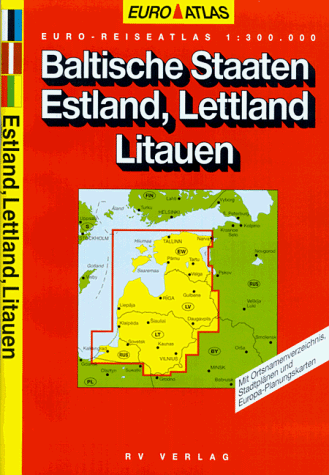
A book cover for Baltic States (Euro Atlas); Travel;